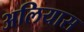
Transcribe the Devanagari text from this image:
अलियास